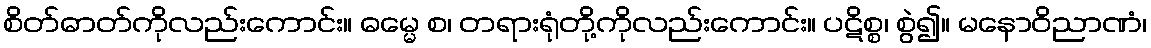
စိတ်ဓာတ်ကိုလည်းကောင်း။ ဓမ္မေ စ၊ တရားရုံတို့ကိုလည်းကောင်း။ ပဋိစ္စ၊ စွဲ၍။ မနောဝိညာဏံ၊